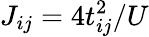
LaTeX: J_{ij}=4t_{ij}^{2}/U